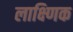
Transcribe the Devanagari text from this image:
लाक्ष्णिक